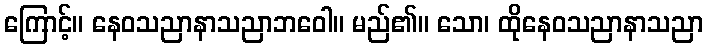
ကြောင့်။ နေဝသညာနာသညာဘဝေါ။ မည်၏။ သော၊ ထိုနေဝသညာနာသညာ